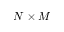
N \times M